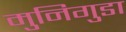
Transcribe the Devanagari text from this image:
मुनिगुडा